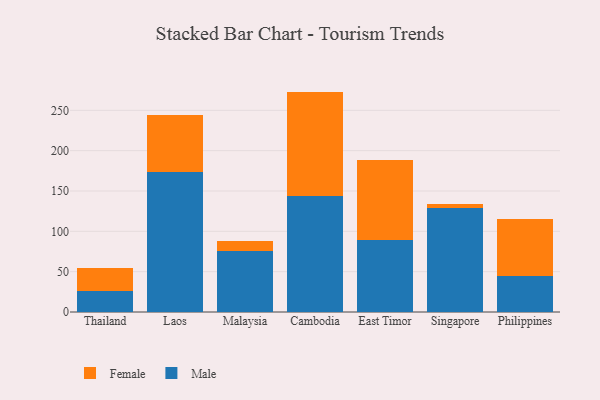
{"axis": {"x": "Country", "y": "Conversion Rate (%)"}, "legend": ["Female", "Male"], "data": [{"x": "Thailand", "y": 26.1, "type": "Male"}, {"x": "Thailand", "y": 28.2, "type": "Female"}, {"x": "Laos", "y": 173.2, "type": "Male"}, {"x": "Laos", "y": 70.7, "type": "Female"}, {"x": "Malaysia", "y": 75.9, "type": "Male"}, {"x": "Malaysia", "y": 11.7, "type": "Female"}, {"x": "Cambodia", "y": 143.5, "type": "Male"}, {"x": "Cambodia", "y": 129.7, "type": "Female"}, {"x": "East Timor", "y": 89.8, "type": "Male"}, {"x": "East Timor", "y": 99.2, "type": "Female"}, {"x": "Singapore", "y": 128.4, "type": "Male"}, {"x": "Singapore", "y": 5.2, "type": "Female"}, {"x": "Philippines", "y": 44.1, "type": "Male"}, {"x": "Philippines", "y": 70.8, "type": "Female"}]}